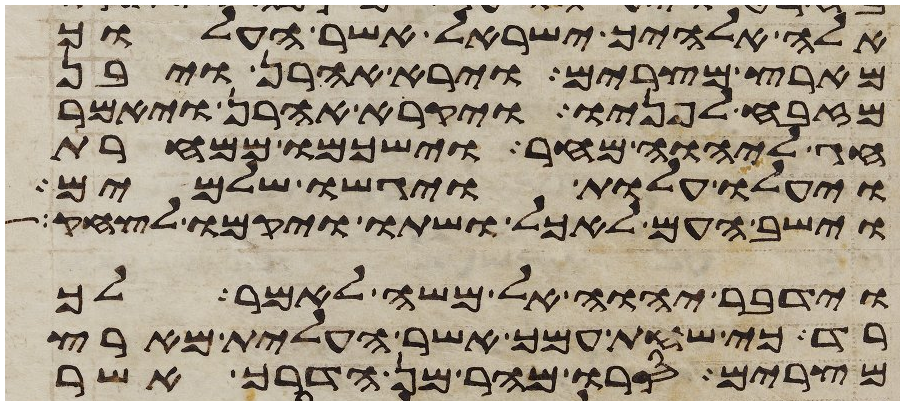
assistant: אלה אלהיך ישראל אשר העלוך
מארץ מצרים וירא אהרן ויבן
מזבח לפניו ויקרא אהרן ויאמר
חג ליהוה מחר וישכמו ממחרת
ויעלו עלות ויגישו שלמים
וישב העם לאכל ושתו ויקמו לצחק
וידבר יהוה אל משה לאמר לך
רד כי שחת עמך אשר העלית מארץ
מצרים סרו מהר מן הדרך אשר